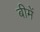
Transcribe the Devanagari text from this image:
बीमें